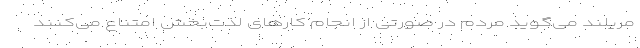
مِریلَند می‌گوید مردم در صورتی از انجام کار‌های لذت‌بخش امتناع می‌کنند